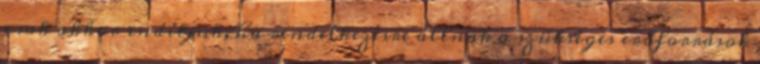
csak akkor indítjuk, ha rendelkezésre állnak a szükséges erőforrások